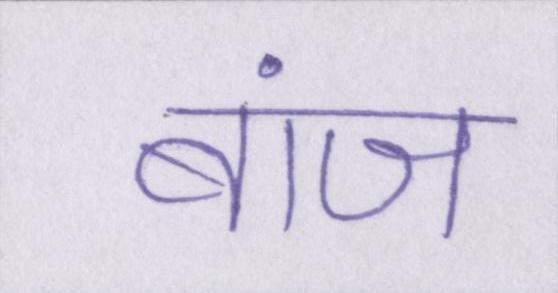
बांज